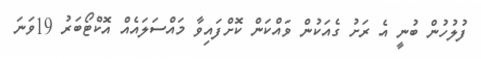
ފުލުހުން ބުނީ އެ ރަށު ގެއަކުން ވައްކަން ކޮށްފައިވާ މައްސަލައެއް އޮކްޓޯބަރު 19ވަނަ